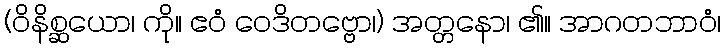
(ဝိနိစ္ဆယော၊ ကို။ ဧဝံ ဝေဒိတဗ္ဗော၊) အတ္တနော၊ ၏။ အာဂတဘာဝံ၊